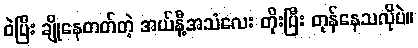
ဝဲပြီး ချိုနေတတ်တဲ့ အယ်နီ့အသံလေး တိုးပြီး တုန်နေသလိုပဲ။